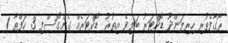
ރޯގާފެތުރި ހިރިލަންދޫ ޑޮކްޓަރު ބަލިވެ އިތުރު ޑޮކްޓަރެއް ގެންގޮސްފި 3 ހަފްތާ 1